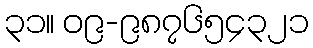
၃၁။ ၀၉-၉၈၇၆၅၄၃၂၁